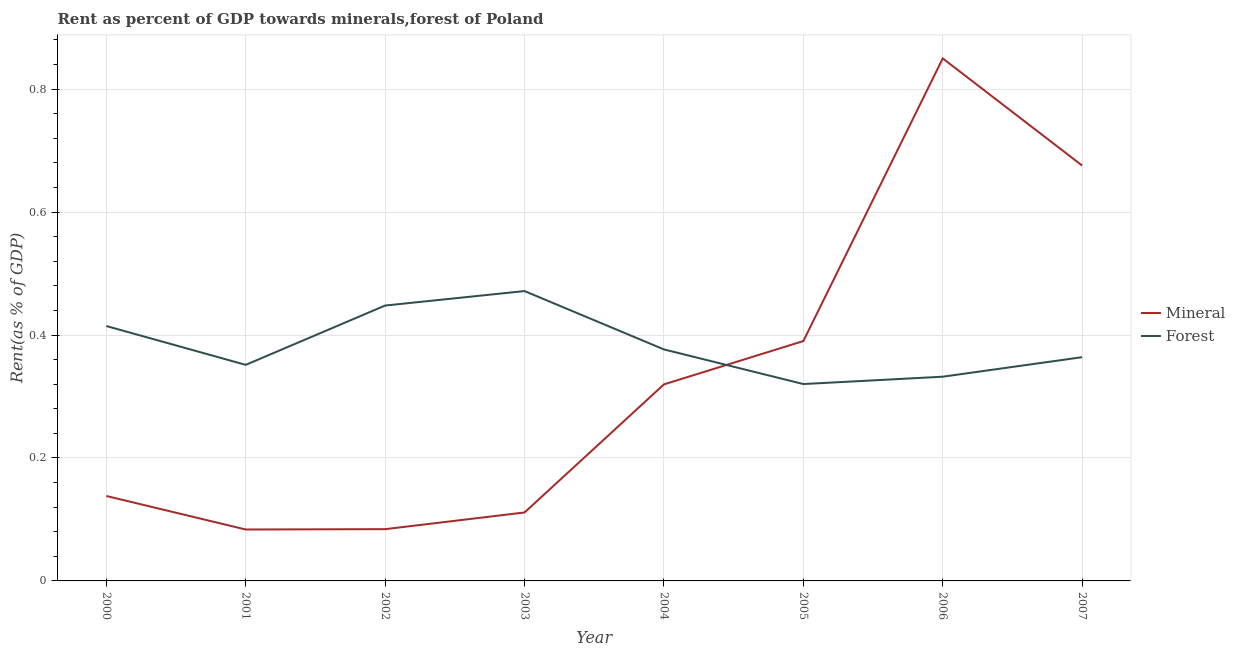
| Year | Mineral | Forest |
 | --- | --- | --- |
 | 2000 | 0.138 | 0.415 |
 | 2001 | 0.0837 | 0.351 |
 | 2002 | 0.0842 | 0.448 |
 | 2003 | 0.111 | 0.471 |
 | 2004 | 0.32 | 0.377 |
 | 2005 | 0.39 | 0.32 |
 | 2006 | 0.85 | 0.332 |
 | 2007 | 0.676 | 0.364 |